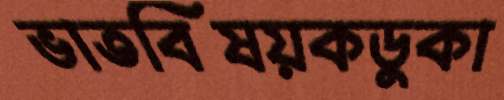
ভাতবিষয়কডুকা